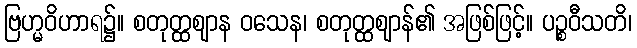
ဗြဟ္မဝိဟာရ၌။ စတုတ္ထဈာန ဝသေန၊ စတုတ္ထဈာန်၏ အဖြစ်ဖြင့်။ ပဉ္စဝီသတိ၊